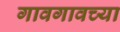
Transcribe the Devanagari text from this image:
गावगावच्या